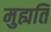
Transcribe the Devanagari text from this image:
मुह्यति